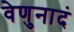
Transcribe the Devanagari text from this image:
वेणुनादं